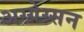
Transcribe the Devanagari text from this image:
अग्ग्रेग्र्सन